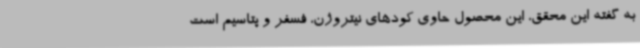
به گفته این محقق، این محصول حاوی کودهای نیتروژن، فسفر و پتاسیم است